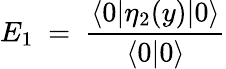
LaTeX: E_{1}\ =\ \frac{\langle 0\vert\eta_{2}(y)\vert 0\rangle}{\langle 0\vert 0\rangle}